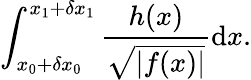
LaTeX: \int_{x_{0}+\delta x_{0}}^{x_{1}+\delta x_{1}}\frac{h(x)}{\sqrt{|f(x)|}}\mathrm{d}x.